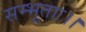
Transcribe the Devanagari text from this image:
सम्भूताः।।